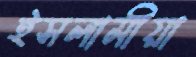
ইসলামীয়া